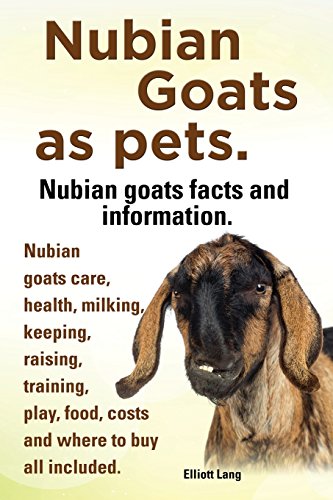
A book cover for Nubian Goats as Pets. Nubian Goats Facts and Information. Nubian Goats Care, Health, Milking, Keeping, Raising, Training, Play, Food, Costs and Where; Elliott Lang; Crafts, Hobbies & Home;